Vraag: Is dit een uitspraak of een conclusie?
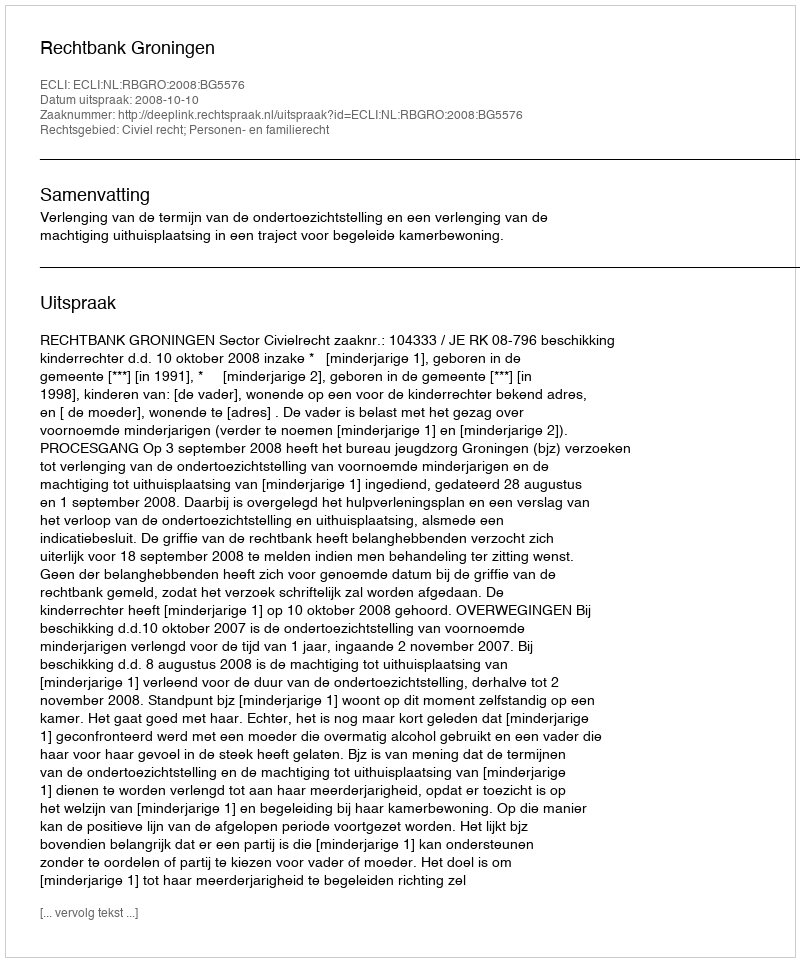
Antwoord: Uitspraak